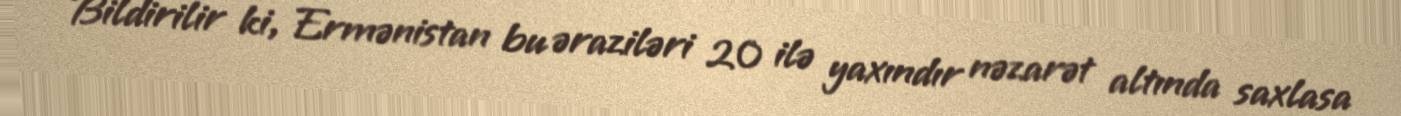
Bildirilir ki, Ermənistan bu əraziləri 20 ilə yaxındır nəzarət altında saxlasa